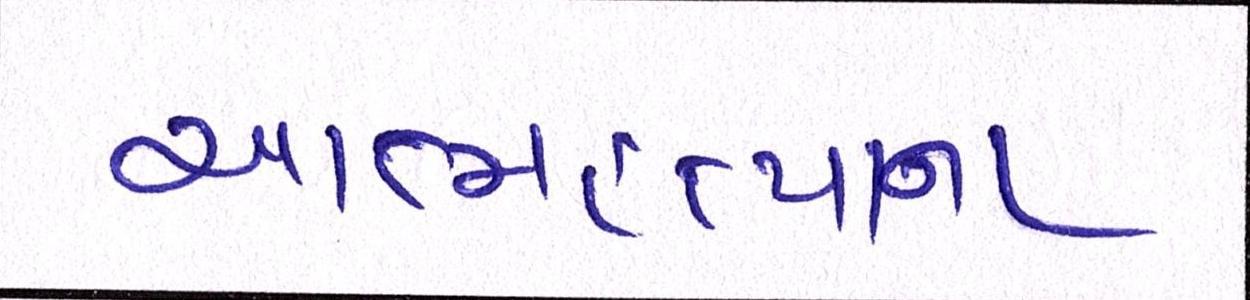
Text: આત્મહત્યાના